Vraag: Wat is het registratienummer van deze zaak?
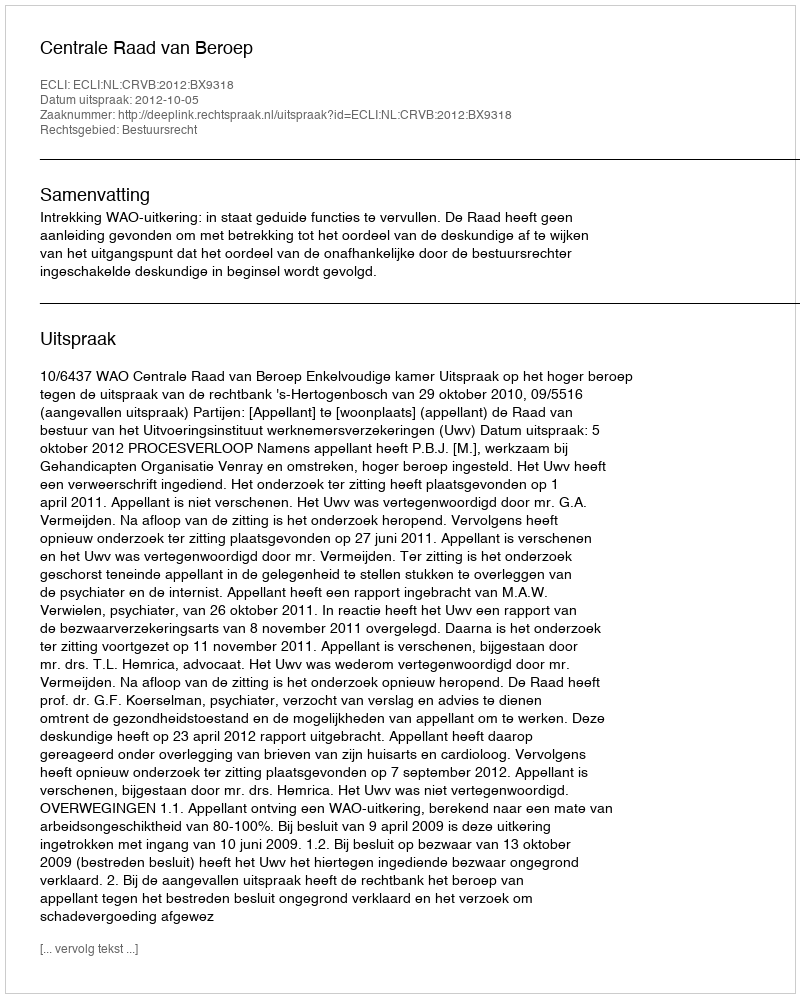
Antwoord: http://deeplink.rechtspraak.nl/uitspraak?id=ECLI:NL:CRVB:2012:BX9318